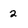
Character: 2